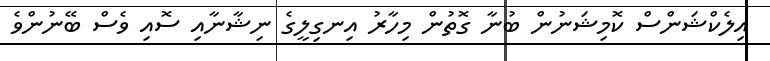
އިލެކްޝަންސް ކޮމިޝަނުން ބުނާ ގޮތުން މިހާރު އިނގިލީގެ ނިޝާނާއި ސޮއި ވެސް ބޭނުންވެ